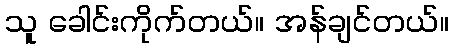
သူ ခေါင်းကိုက်တယ်။ အန်ချင်တယ်။